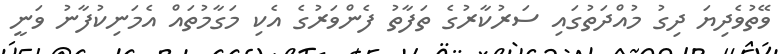
ވޭތުވެދިޔަ ދިގު މުއްދަތުގައި ސަރުކާރުގެ ތަފާތު ފެންވަރުގެ އެކި މަގާމުތައް އެމަނިކުފާނު ވަނީ